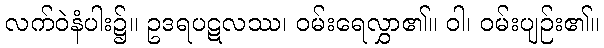
လက်ဝဲနံပါး၌။ ဥဒရပဋလဿ၊ ဝမ်းရေလွှာ၏။ ဝါ၊ ဝမ်းပျဉ်း၏။